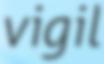
vigil